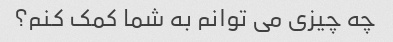
چه چیزی می توانم به شما کمک کنم؟